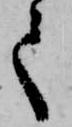
て